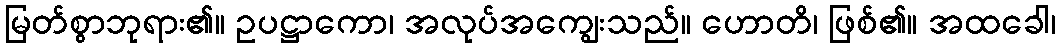
မြတ်စွာဘုရား၏။ ဥပဋ္ဌာကော၊ အလုပ်အကျွေးသည်။ ဟောတိ၊ ဖြစ်၏။ အထခေါ၊